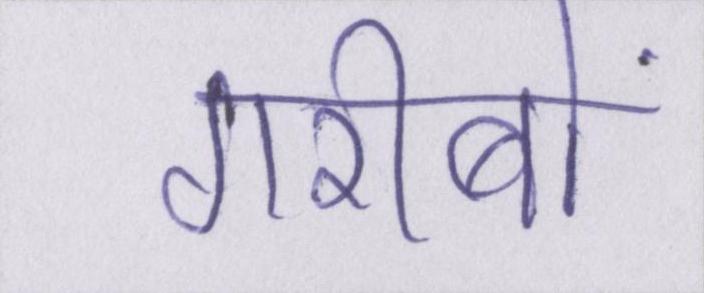
गरीबों